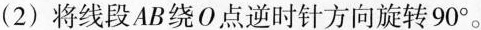
（2）将线段AB绕O点逆时针旋转90^{\circ} 。